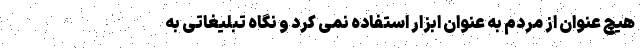
هیچ عنوان از مردم به عنوان ابزار استفاده نمی کرد و نگاه تبلیغاتی به